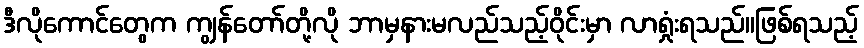
ဒီလိုကောင်တွေက ကျွန်တော်တို့လို ဘာမှနားမလည်သည့်ဝိုင်းမှာ လာရှုံးရသည်။ဖြစ်ရသည့်